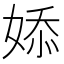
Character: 婖